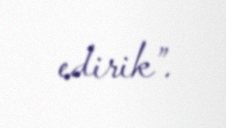
edirik”.